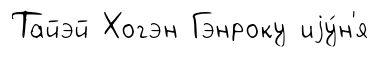
Тайэй Хогэн Гэнроку иjу́н'я